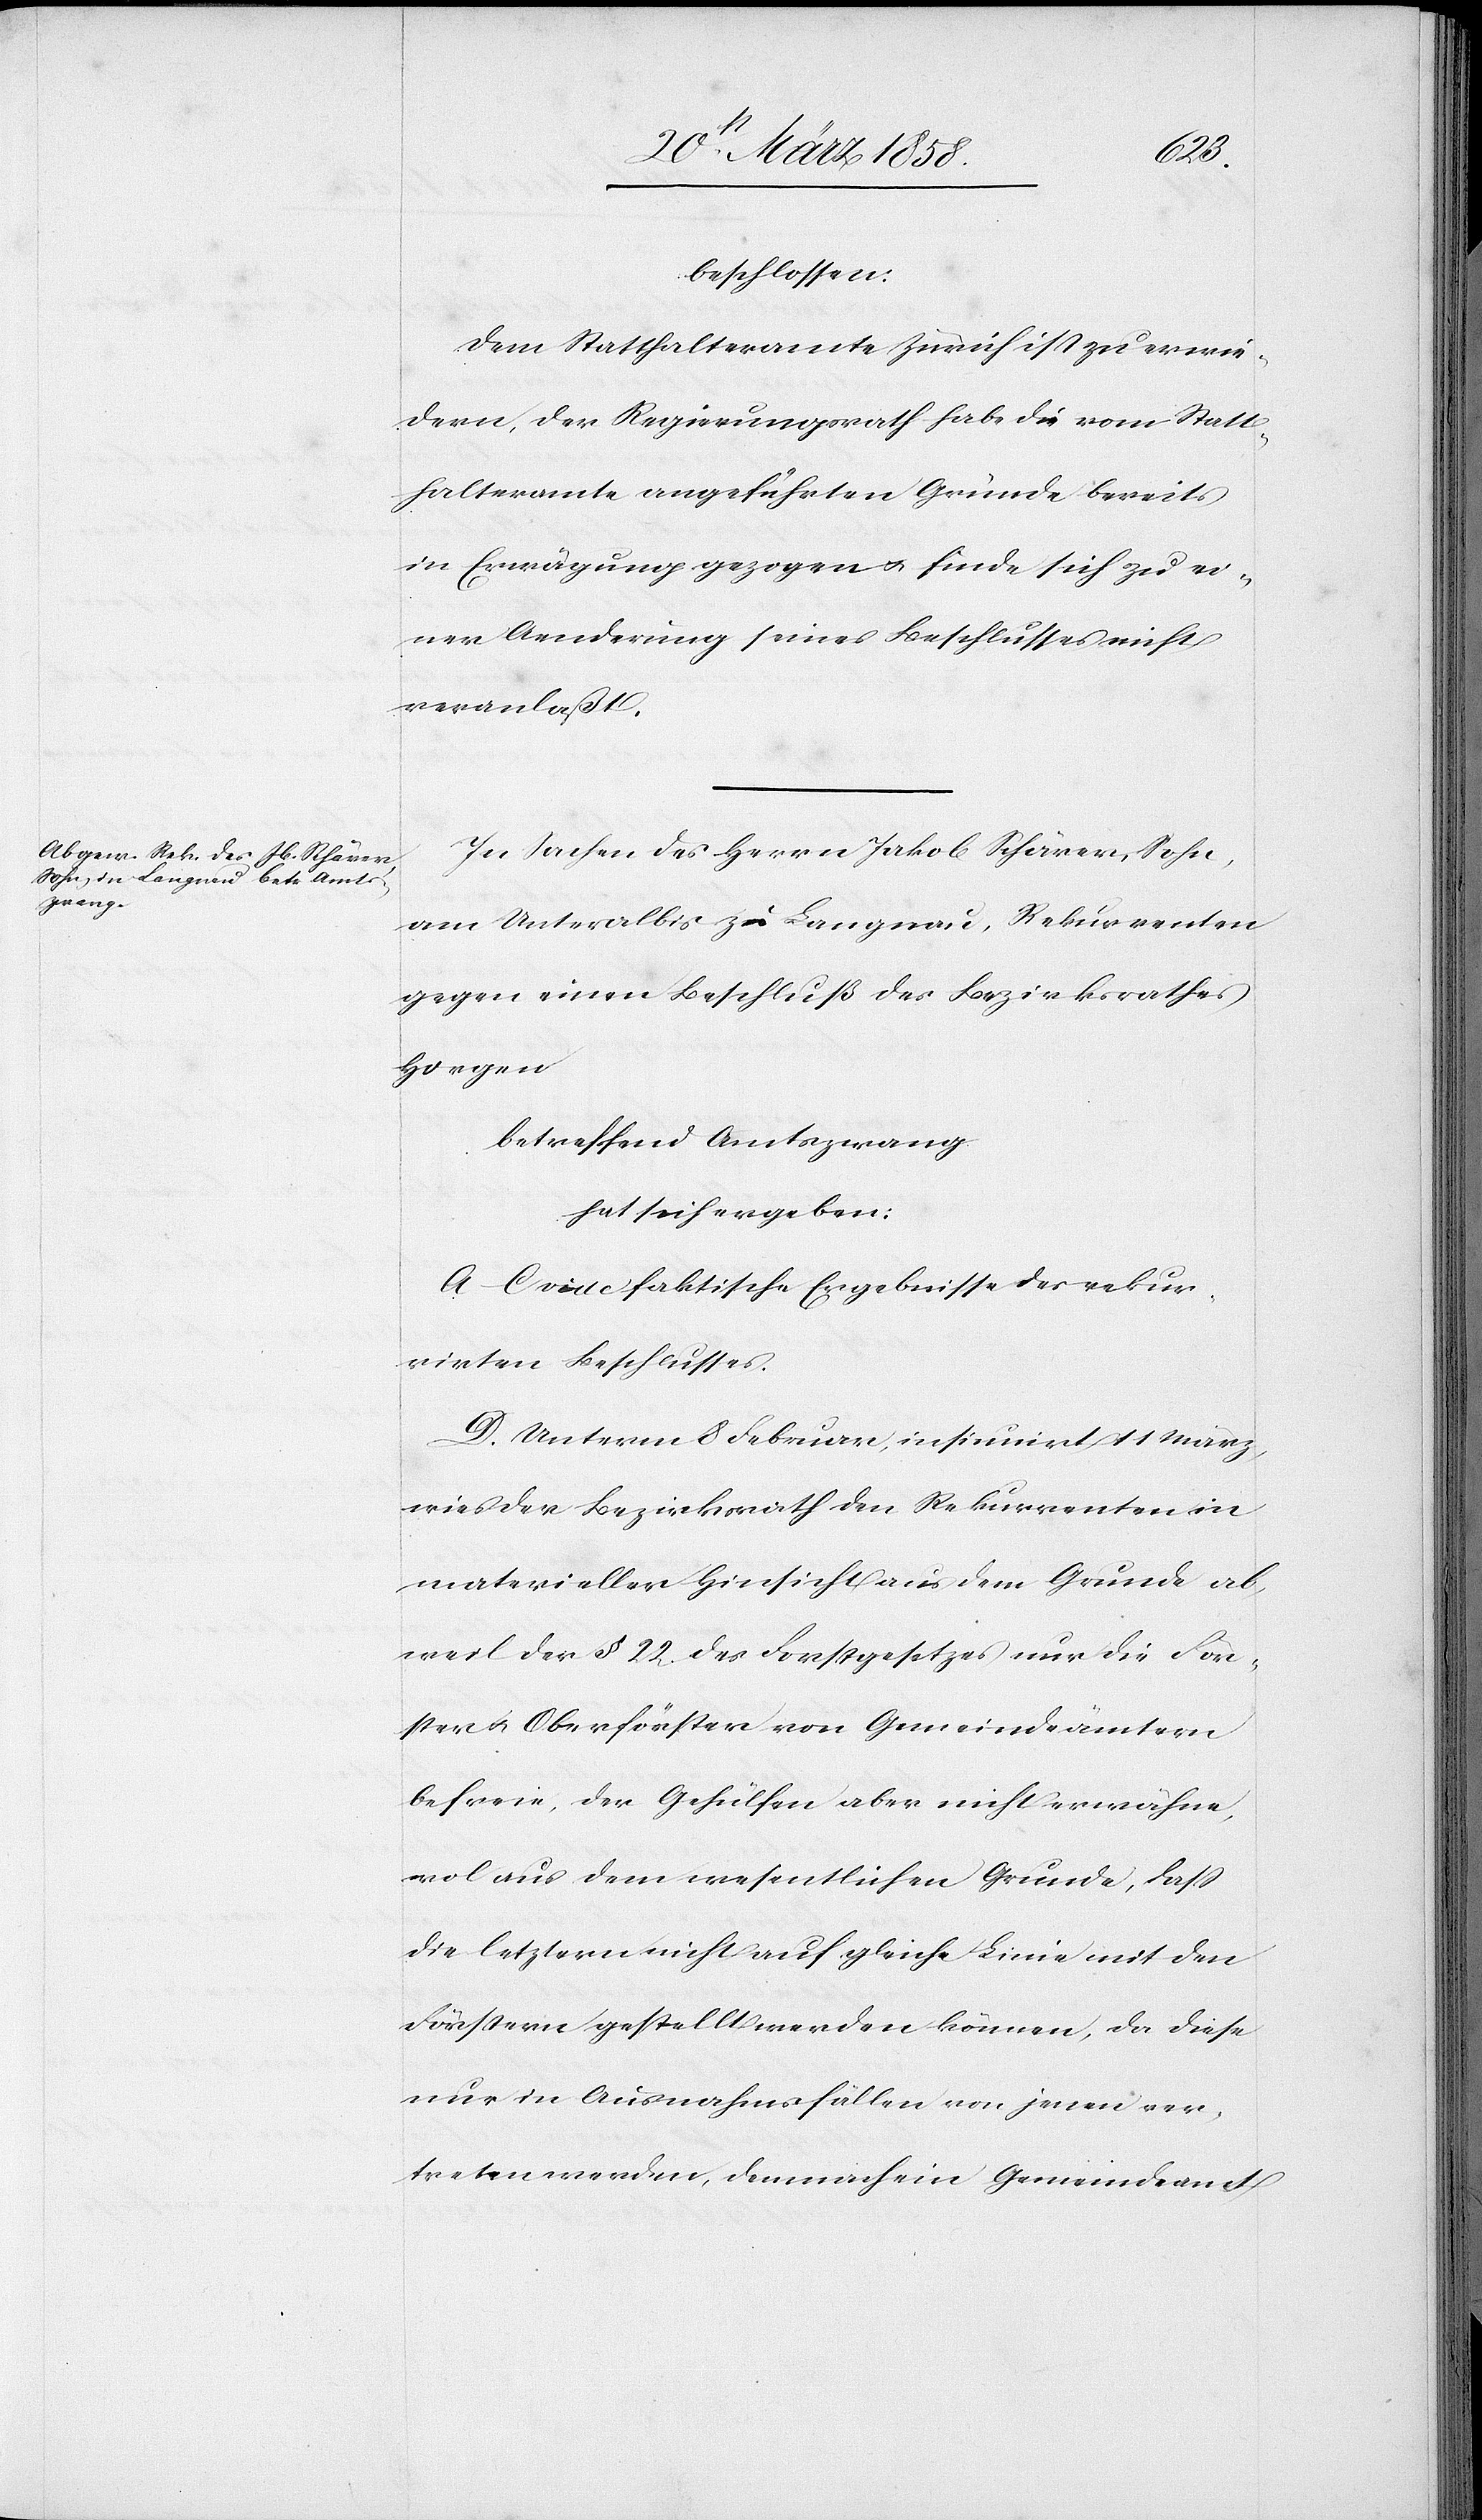
beschlossen:
Dem Statthalteramte Zürich ist zu erwie¬
dern, der Regierungsrath habe die vom Statt¬
halteramte angeführten Gründe bereits
in Erwägung gezogen u. finde sich zu ei¬
ner Aenderung seines Beschlusse nicht
veranlaßt.
In Sachen des Herrn Jakob Schärer, Sohn,
am Unteralbis zu Langnau, Rekurrenten
gegen einen Beschluß des Bezirksrathes
Horgen
betreffend Amtszwang
hat sich ergeben:
A–C vide faktische Ergebnisse des rekur¬
rirten Beschlusses.
D. Unterm 8. Februar, insinuirt 11. März,
wies der Bezirksrath den Rekurrenten in
materieller Hinsicht aus dem Grunde ab,
weil der § 22 des Forstgesetzes nur die För¬
ster u. Oberförster von Gemeindeämtern
befreie, der Gehülfen aber nicht erwähne,
wol aus dem wesentlichen Grund, daß
die letztern nicht auf gleiche Linie mit den
Förstern gestellt werden können, da diese
nur in Ausnahmsfällen von jenen ver¬
treten werden, demnach ein Gemeindeamt